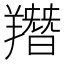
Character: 䍼